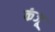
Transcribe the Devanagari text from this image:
कंजू